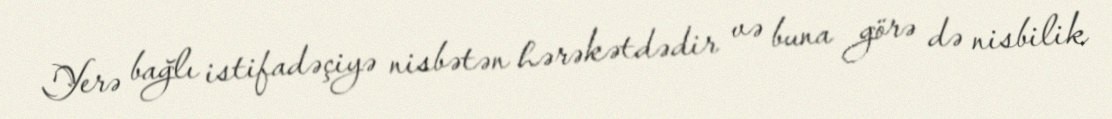
Yerə bağlı istifadəçiyə nisbətən hərəkətdədir və buna görə də nisbilik